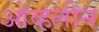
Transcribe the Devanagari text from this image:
ओव्हलीन